Vaccine operations Central Provinces 1886-1899 - 1886-1899
Year: 1886
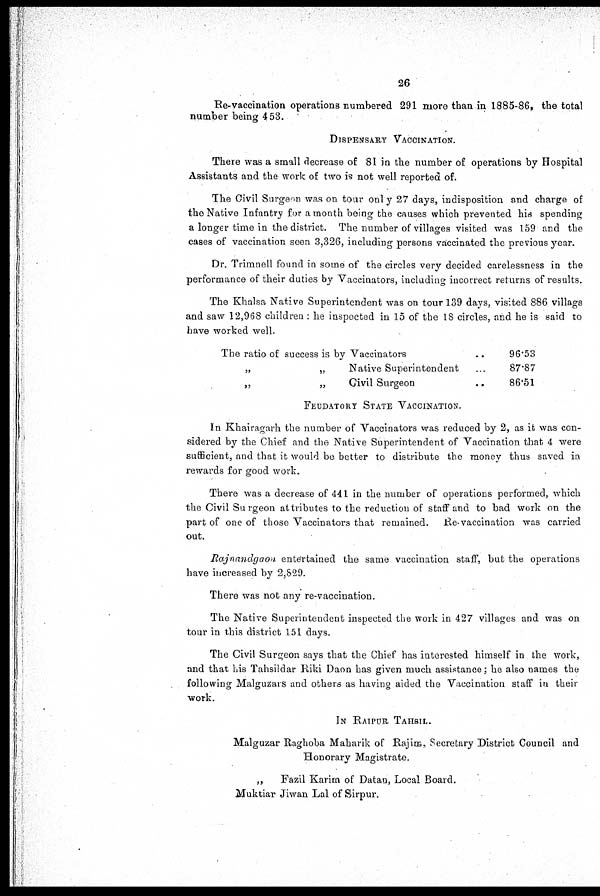
26
Re-vaccination operations numbered 291 more than in 1885-86, the total
number being 453.
DISPENSARY VACCINATION.
There was a small decrease of 81 in the number of operations by Hospital
Assistants and the work of two is not well reported of.
The Civil Surgeon was on tour only 27 days, indisposition and charge of
the Native Infantry for a month being the causes which prevented his spending
a longer time in the district. The number of villages visited was 159 and the
cases of vaccination seen 3,326, including persons vaccinated the previous year.
Dr. Trimnell found in some of the circles very decided carelessness in the
performance of their duties by Vaccinators, including incorrect returns of results.
The Khalsa Native Superintendent was on tour 139 days, visited 886 villags
and saw 12,968 children : he inspected in 15 of the 18 circles, and he is said to
have worked well.
The ratio of success is by Vaccinators ...
„
„
Native Superintendent
„
„
Civil Surgeon
96.53
87.87
86.51
FEUDATORY STATE VACCINATION.
In Khairagarh the number of Vaccinators was reduced by 2, as it was con-
sidered by the Chief and the Native Superintendent of Vaccination that 4 were
sufficient, and that it would be better to distribute the money thus saved in
rewards for good work.
There was a decrease of 441 in the number of operations performed, which
the Civil Surgeon attributes to the reduction of staff and to bad work on the
part of one of those Vaccinators that remained. Re-vaccination was carried
out.
Rajnandgaon entertained the same vaccination staff, but the operations
have increased by 2,829.
There was not any re-vaccination.
The Native Superintendent inspected the work in 427 villages and was on
tour in this district 151 days.
The Civil Surgeon says that the Chief has interested himself in the work,
and that his Tahsildar Riki Daon has given much assistance; he also names the
following Malguzars and others as having aided the Vaccination staff in their
work.
IN RAIPUR TAHSIL.
Malguzar Raghoba Maharik of Rajim, Secretary District Council and
Honorary Magistrate.
„
Fazil Karim of Datan, Local Board.
Muktiar Jiwan Lal of Sirpur.